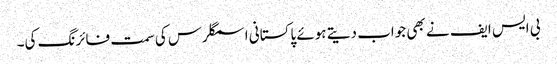
بی ایس ایف نے بھی جواب دیتے ہوئے پاکستانی اسمگلرس کی سمت فائرنگ کی۔